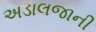
અડાલજાની